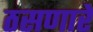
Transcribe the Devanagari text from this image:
ठसणारे